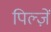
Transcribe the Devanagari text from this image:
पिल्ज़ें